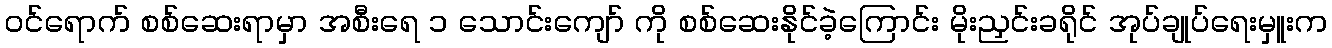
ဝင်ရောက် စစ်ဆေးရာမှာ အစီးရေ ၁ သောင်းကျော် ကို စစ်ဆေးနိုင်ခဲ့ကြောင်း မိုးညှင်းခရိုင် အုပ်ချုပ်ရေးမှူးက